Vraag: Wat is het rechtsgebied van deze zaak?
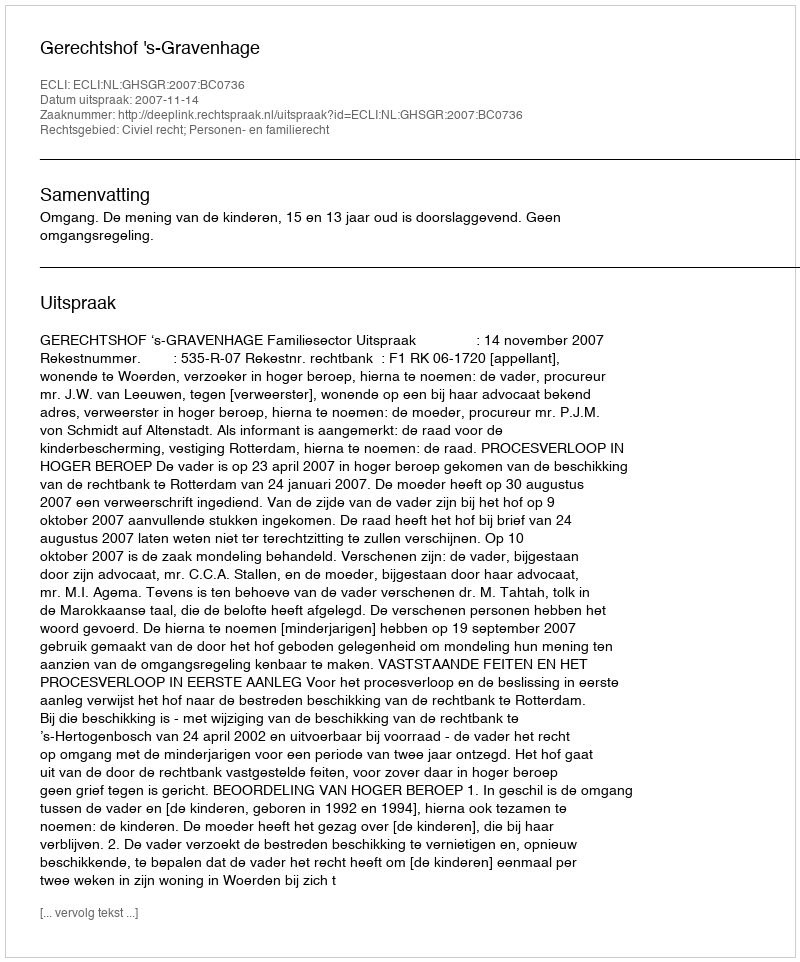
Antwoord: Civiel recht; Personen- en familierecht